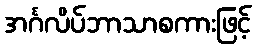
အင်္ဂလိပ်ဘာသာစကားဖြင့်